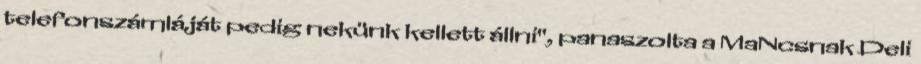
telefonszámláját pedig nekünk kellett állni", panaszolta a MaNcsnak Deli